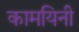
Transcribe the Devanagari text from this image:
कामयिनी